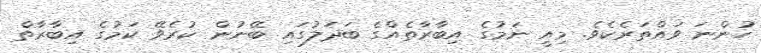
ހުންނަ ވައްތަރެކެވެ. މިއީ ނަމުގެ އިބާރާތެއްގެ ބަދަލުގައި ބޭނުން ކުރެވޭ ކަމުގެ އިބާރާތް